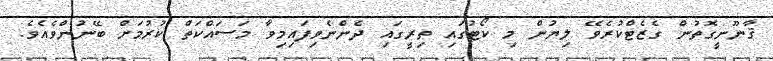
ޤާނޫނީގޮތުން ގެޒެޓްކުރެވޭ ލިޔުން މި ކޯޓުގައި ތިރީގައި ދެންނެވިފައިމިވާ މަސައްކަތް ކުރުމަށް ބޭނުންވެއެވެ.